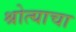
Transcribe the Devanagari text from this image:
श्रोत्याचा